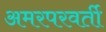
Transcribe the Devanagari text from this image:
अमरपरवर्ती